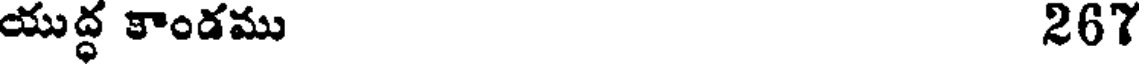
యుద్ధ కాండము 267